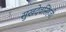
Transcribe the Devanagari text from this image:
सुखदेवसिंहजी